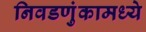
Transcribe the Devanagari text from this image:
निवडणुंकामध्ये